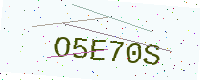
Text: O5E70S